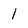
Character: l